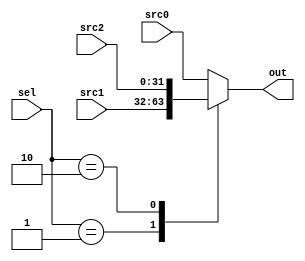
module Multiplexer(src0, src1, src2, sel, out);
	parameter width = 32;
	input[width - 1:0] src0, src1, src2;
	input[1:0] sel;
	output reg[width-1:0] out;
	always @(*) begin
		case(sel)
			2'b00: begin
				out = src0;
			end
			2'b01: begin
				out = src1;
			end
			2'b10: begin
				out = src2;
			end
			default: begin
				out = src0;
			end
		endcase
	end
endmodule